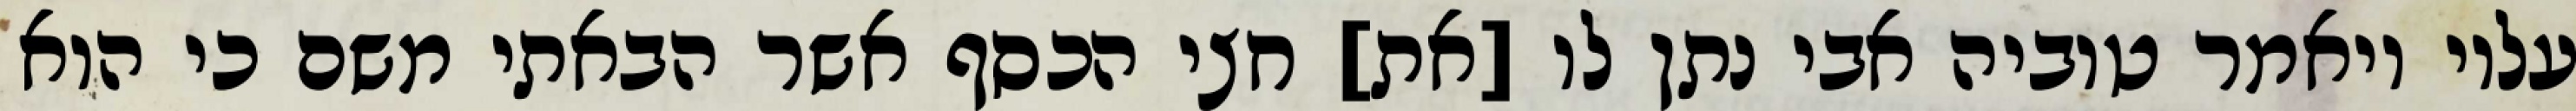
עליו ויאמר טוביה אבי נתן לו [את] חצי הכסף אשר הבאתי משם כי הוא